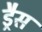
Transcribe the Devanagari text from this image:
ड्रैस